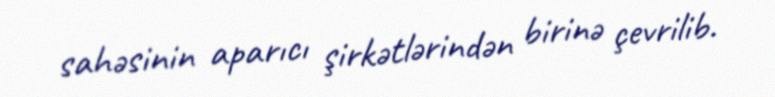
sahəsinin aparıcı şirkətlərindən birinə çevrilib.